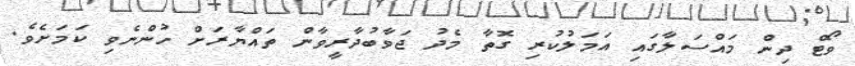
ވޯޓް ދިން މައްސަލާގައި އަމަލުކުރި ގޮތާ މެދު ޖަވާބުދާރީވާން ތައްޔާރަށް ހުންނެވި ކަމަށެވެ.